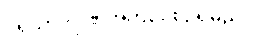
ပုရိသာဒိဂိုဏ်အတိုင်း စဉ်ရမည်။